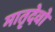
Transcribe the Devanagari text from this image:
मातृदेवो